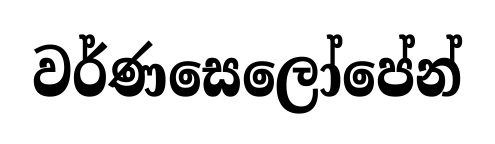
වර්ණසෙලෝපේන්